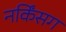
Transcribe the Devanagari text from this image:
नर्किंसग